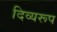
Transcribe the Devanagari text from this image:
दिव्यरूप